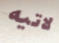
لاتيه